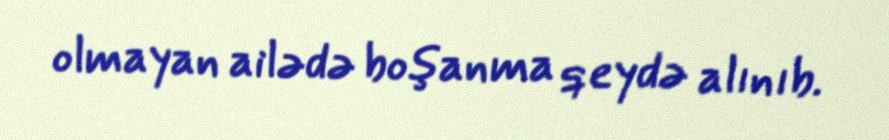
olmayan ailədə boşanma qeydə alınıb.